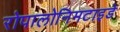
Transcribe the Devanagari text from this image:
रोपालोनिमटाइडे